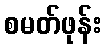
စမတ်ဖုန်း